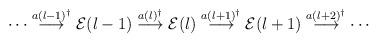
LaTeX: \begin{align*}\cdots \stackrel{a(l-1)^\dagger}{\longrightarrow} {\cal E}(l-1) \stackrel{a(l)^\dagger}{\longrightarrow} {\cal E}(l) \stackrel{a(l+1)^\dagger}{\longrightarrow} {\cal E}(l+1) \stackrel{a(l+2)^\dagger}{\longrightarrow} \cdots\end{align*}